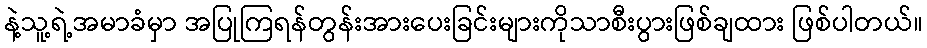
နဲ့သူ့ရဲ့အမာခံမှာ အပြုကြရန်တွန်းအားပေးခြင်းများကိုသာစီးပွားဖြစ်ချထား ဖြစ်ပါတယ်။